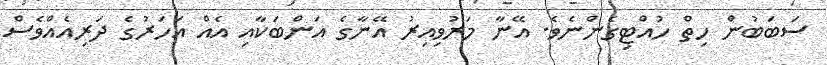
ސަބަބުން ހިތް ހުއްޓިގެންނެވެ. އޭނާ މަރުވިއިރު އޭނާގެ އަންބަކާއި އެއް އަހަރުގެ ދަރިއެއްވެސް